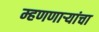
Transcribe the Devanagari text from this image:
म्हणणाऱ्यांचा